Scottish Certificate of Education, 1962
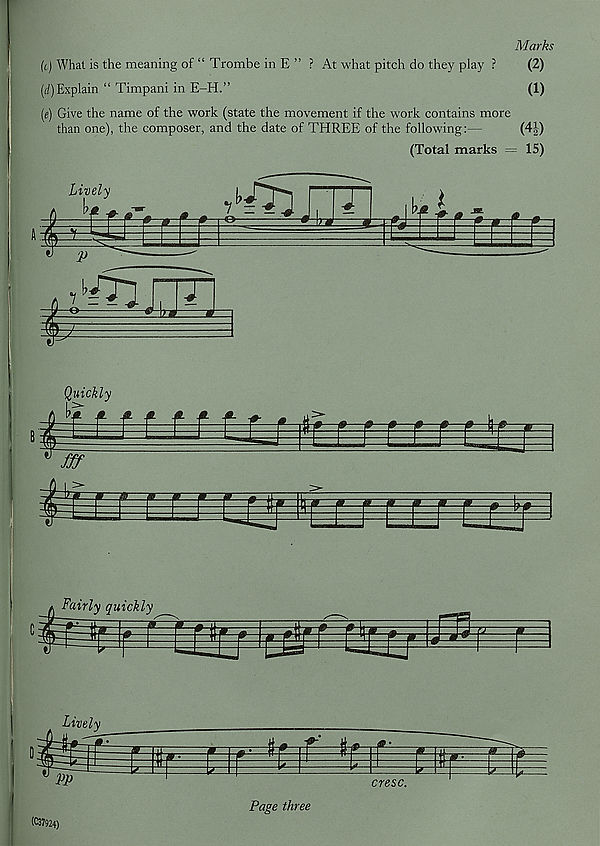
Marks
(t) What is the meaning of “ Trombe in E ” ? At what pitch do they play ?
(2)
(d) Explain “ Timpani in E-H.”
(1)
(e) Give the name of the work (state the movement if the work contains more
than one), the composer, and the date of THREE of the following:—
(4J)
(Total marks = 15)
(C37924)
Page three